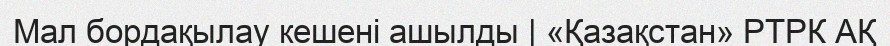
Мал бордақылау кешені ашылды | «Қазақстан» РТРК АҚ